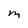
Character: m